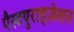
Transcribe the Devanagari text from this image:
पैस्टयुराइज़ेशन